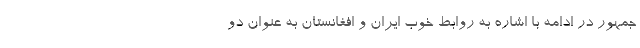
جمهور در ادامه با اشاره به روابط خوب ایران و افغانستان به عنوان دو